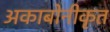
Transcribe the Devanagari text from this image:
अकाबोनीकृत